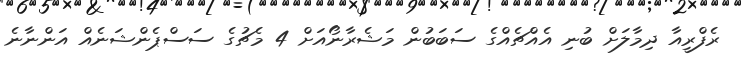
ރެފްރީއާ ދިމާލަށް ބުނި އެއްޗެއްގެ ސަބަބުން މަޝެރާނޯއަށް 4 މެޗުގެ ސަސްޕެންޝަނެއް އަންނާނެ